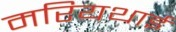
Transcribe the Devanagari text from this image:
मरियथाई